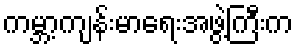
ကမ္ဘာ့ကျန်းမာရေးအဖွဲ့ကြီးက